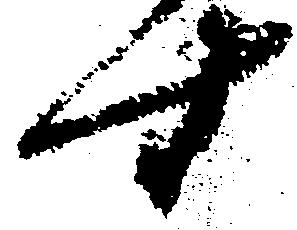
す